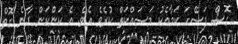
ގޮސް ފަސޭހަ ކަމާއެކު މަސައްކަތް ކުރެވެ އެވެ. އެ ކަންކަން ދާނެ ގޮތް